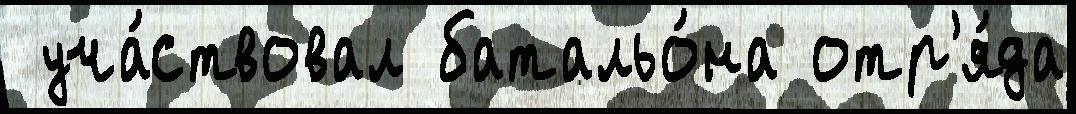
 уча́ствовал батальо́на отр'я́да